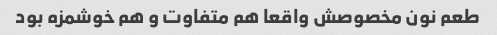
طعم نون مخصوصش واقعا هم متفاوت و هم خوشمزه بود